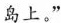
岛上。”